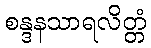
စန္ဒနသာရလိတ္တံ